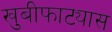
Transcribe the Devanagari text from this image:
खुबीफाट्यास